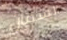
السمان